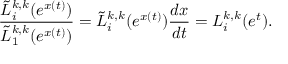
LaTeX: \frac { \tilde { L } _ { i } ^ { k , k } ( e ^ { x ( t ) } ) } { \tilde { L } _ { 1 } ^ { k , k } ( e ^ { x ( t ) } ) } = \tilde { L } _ { i } ^ { k , k } ( e ^ { x ( t ) } ) { \frac { d x } { d t } } = L _ { i } ^ { k , k } ( e ^ { t } ) .